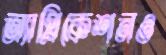
অ্যাপ্লিকেশনও